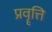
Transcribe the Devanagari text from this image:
प्रवॄत्ति